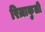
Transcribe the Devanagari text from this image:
रिज़ाकुली